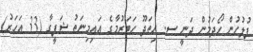
ފުލުހުން ހޯދަމުން ދަނީ ސ. ހިތަދޫ ހަބަރުމާގެ އައިމިނަތު ޝަފީގާ (33 އަހަރު)